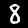
Digit: 8